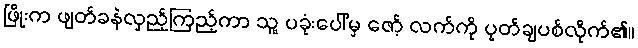
ဖြိုးက ဖျတ်ခနဲလှည့်ကြည့်ကာ သူ့ ပခုံးပေါ်မှ ဇော့် လက်ကို ပုတ်ချပစ်လိုက်၏။